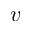
v